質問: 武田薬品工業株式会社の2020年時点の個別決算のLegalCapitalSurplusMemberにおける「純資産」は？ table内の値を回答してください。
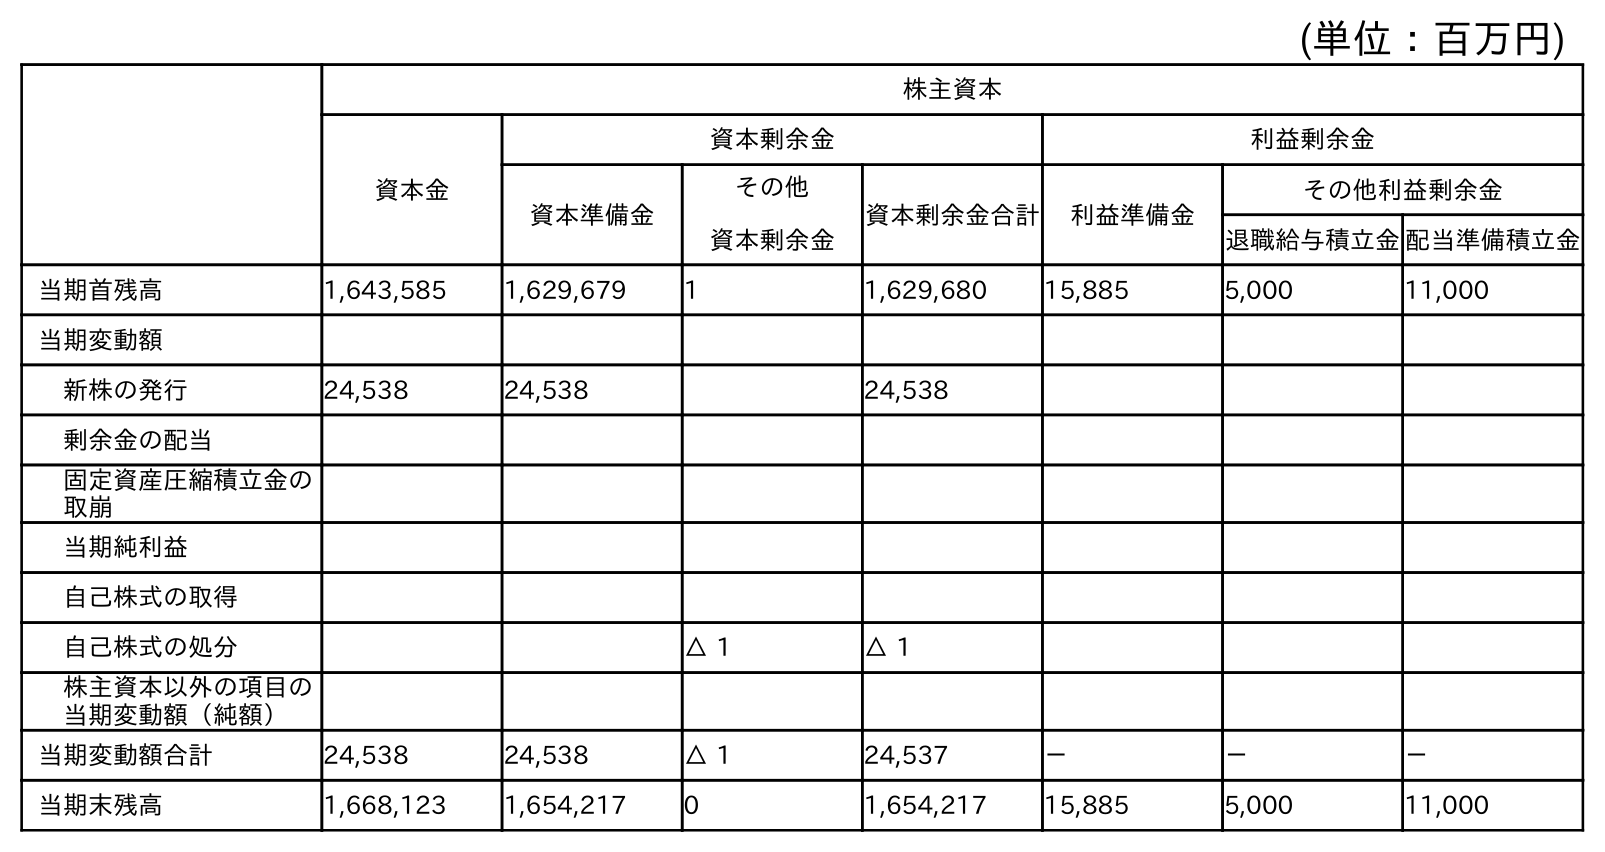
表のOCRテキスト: (単位：百万円) 株主資本 資本金 資本剰余金 利益剰余金 資本準備金 その他 資本剰余金 資本剰余金合計 利益準備金 その他利益剰余金 退職給与積立金配当準備積立金 当期首残高 1,643,585 1,629,679 1 1,629,680 15,885 5,000 11,000 当期変動額 新株の発行 24,538 24,538 24,538 剰余金の配当 固定資産圧縮積立金の 取崩 当期純利益 自己株式の取得 自己株式の処分 △ 1 △ 1 株主資本以外の項目の 当期変動額（純額） 当期変動額合計 24,538 24,538 △ 1 24,537 － － － 当期末残高 1,668,123 1,654,217 0 1,654,217 15,885 5,000 11,000
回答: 1,654,217